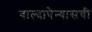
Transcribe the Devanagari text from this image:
वाल्दापेन्यासची